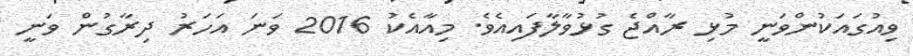
ވިއުގައަކުންވަނީ މުޅި ރާއްޖެ ގުޅުވާލާފައިއެވެ. މިއާއެކު 2016 ވަނަ އަހަރު ދިރާގުން ވަނީ